Scottish Leaving Certificate Examination, 1953
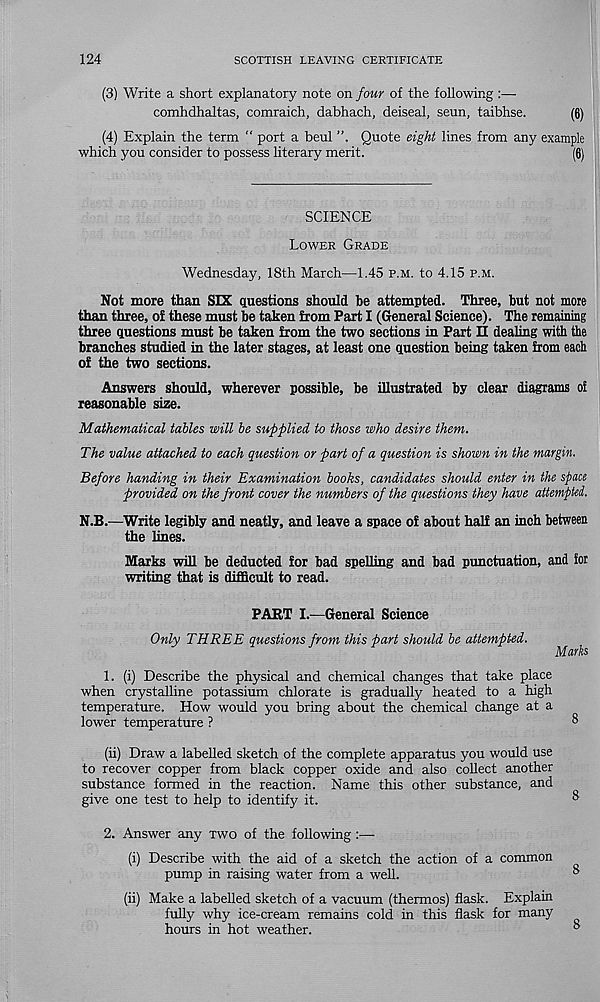
124
SCOTTISH LEAVING CERTIFICATE
(3) Write a short explanatory note on four of the following :—
comhdhaltas, comraich, dabhach, deiseal, seun, taibhse.
(6)
(4) Explain the term “ port a beul
Quote eight lines from any example
which you consider to possess literary merit.
(6)
SCIENCE
Lower Grade
Wednesday, 18th March—1.45 p.m. to 4.15 p.m.
Not more than SIX questions should be attempted. Three, but not more
than three, of these must be taken from Part I (General Science). The remaining
three questions must be taken from the two sections in Part II dealing with the
branches studied in the later stages, at least one question being taken from each
of the two sections.
Answers should, wherever possible, be illustrated by clear diagrams of
reasonable size.
Mathematical tables will be supplied to those who desire them.
The value attached to each question or part of a question is shown in the margin.
Before handing in their Examination books, candidates should enter in the space
provided on the front cover the numbers of the questions they have attempted.
N.B.—Write legibly and neatly, and leave a space of about half an inch between
the lines.
Marks will be deducted for bad spelling and bad punctuation, and for
writing that is difficult to read.
PART I.-—General Science
Only THREE questions from this part should be attempted.
Marks
1. (i) Describe the physical and chemical changes that take place
when crystalline potassium chlorate is gradually heated to a high
temperature. How would you bring about the chemical change at a
lower temperature ?
8
(ii) Draw a labelled sketch of the complete apparatus you would use
to recover copper from black copper oxide and also collect another
substance formed in the reaction. Name this other substance, and
give one test to help to identify it.
®
2. Answer any two of the following
(i) Describe with the aid of a sketch the action of a common
pump in raising water from a well.
°
(ii) Make a labelled sketch of a vacuum (thermos) flask. Explain
fully why ice-cream remains cold in this flask for many
hours in hot weather.